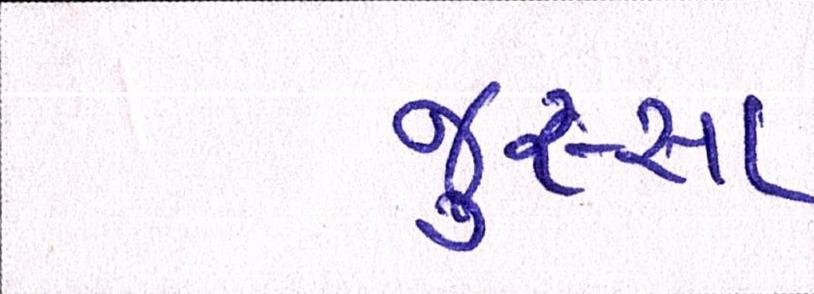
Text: જુસ્સા